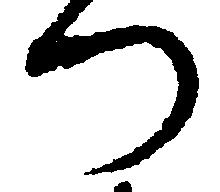
つ